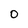
Character: 0